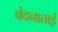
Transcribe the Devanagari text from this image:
वंदनाताई